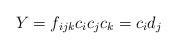
LaTeX: \begin{align*}Y = f_{ijk} c_i c_j c_k = c_i d_j\end{align*}